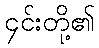
၄င်းတို့၏